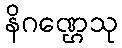
နိဂဏ္ဌေသု